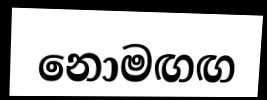
නොමඟඟ